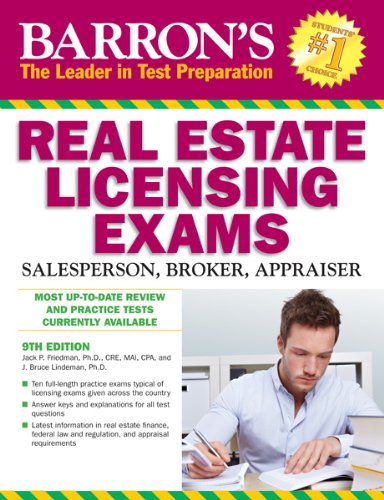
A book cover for Barron's Real Estate Licensing Exams, 9th Edition; Jack P. Friedman Ph.D.; Test Preparation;